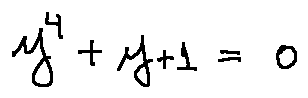
y ^ { 4 } + y + 1 = 0